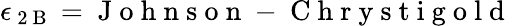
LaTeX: \epsilon_{\mathrm{~2~B~}}=\mathrm{~J~o~h~n~s~o~n~-~C~h~r~y~s~t~i~g~o~l~d~}